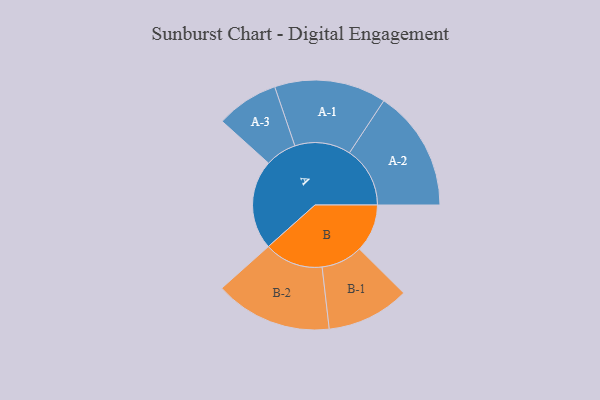
{"axis": {"x": "Segment", "y": "Value"}, "legend": ["", "A", "B"], "data": [{"x": "A", "y": 290, "type": ""}, {"x": "B", "y": 155, "type": ""}, {"x": "A-1", "y": 181, "type": "A"}, {"x": "A-2", "y": 196, "type": "A"}, {"x": "A-3", "y": 101, "type": "A"}, {"x": "B-1", "y": 134, "type": "B"}, {"x": "B-2", "y": 190, "type": "B"}]}